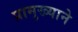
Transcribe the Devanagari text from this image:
प्रामुख्‍याने